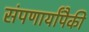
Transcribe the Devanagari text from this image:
संपणार्यांपैकी